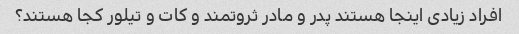
افراد زیادی اینجا هستند پدر و مادر ثروتمند و کات و تیلور کجا هستند؟